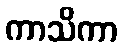
ကာသိကာ